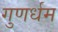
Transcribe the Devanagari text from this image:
गुणर्धम